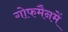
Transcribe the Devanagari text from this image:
गोफमैनमें